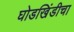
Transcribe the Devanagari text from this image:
घोडखिंडीचा